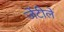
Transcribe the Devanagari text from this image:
जेंटीले